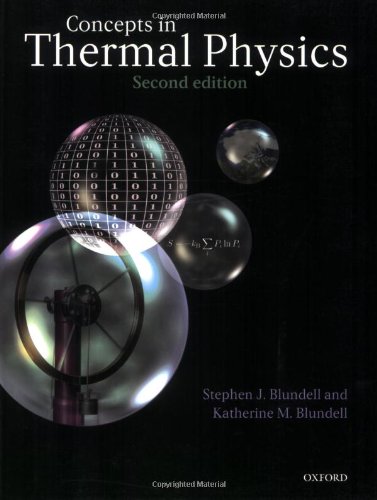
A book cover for Concepts in Thermal Physics; Stephen J. Blundell; Science & Math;